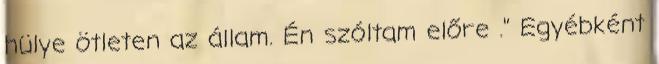
hülye ötleten az állam. Én szóltam előre ." Egyébként